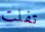
تفلت